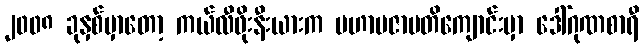
၂၀၀၈ ခုနှစ်မှာတော့ ကယ်လီဖိုးနီးယားက မဟာပဇာပတိကျောင်းမှာ ဒေါ်ဂုဏစာရီ